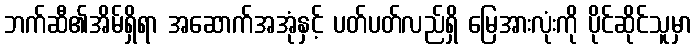
ဘက်ဆီ၏အိမ်ရှိရာ အဆောက်အအုံနှင့် ပတ်ပတ်လည်ရှိ မြေအားလုံးကို ပိုင်ဆိုင်သူမှာ